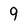
Character: 9